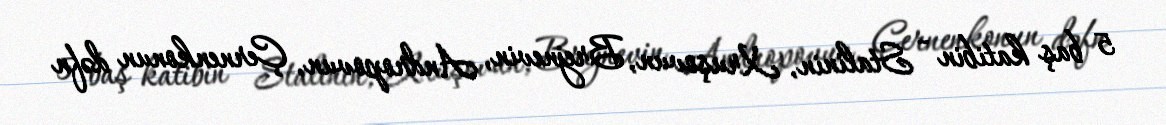
5 baş katibin - Stalinin, Xruşovun, Brejnevin, Andropovun, Çernenkonun dəfn